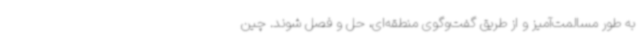
به طور مسالمت‌آمیز و از طریق گفت‌وگوی منطقه‌ای، حل و فصل شوند. چین